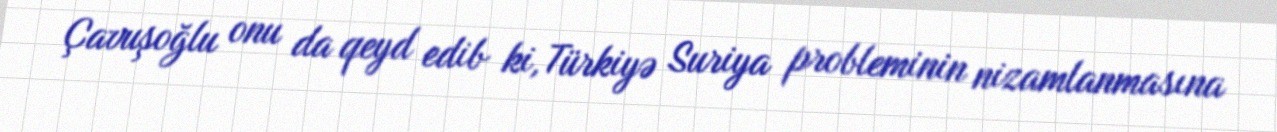
Çavuşoğlu onu da qeyd edib ki, Türkiyə Suriya probleminin nizamlanmasına